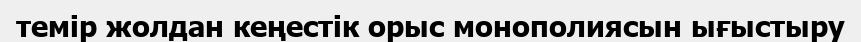
темір жолдан кеңестік орыс монополиясын ығыстыру